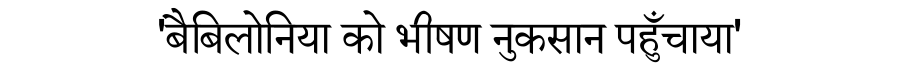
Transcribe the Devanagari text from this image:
'बैबिलोनिया को भीषण नुकसान पहुँचाया'